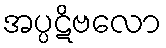
အပ္ပဋိဗလော